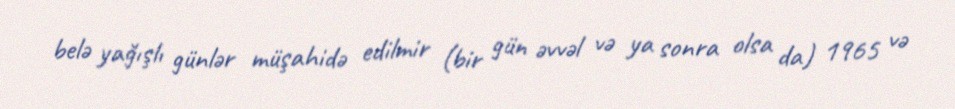
belə yağışlı günlər müşahidə edilmir (bir gün əvvəl və ya sonra olsa da) 1965 və